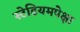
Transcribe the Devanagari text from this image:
स्टेडियमपेक्षा